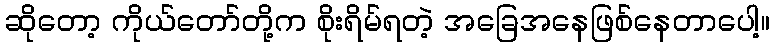
ဆိုတော့ ကိုယ်တော်တို့က စိုးရိမ်ရတဲ့ အခြေအနေဖြစ်နေတာပေါ့။